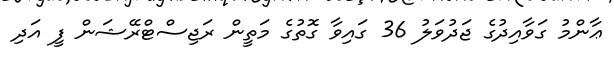
ޢާންމު ގަވާއިދުގެ ޖަދުވަލު 36 ގައިވާ ގޮތުގެ މަތީން ރަޖިސްޓްރޭޝަން ފީ އަދި